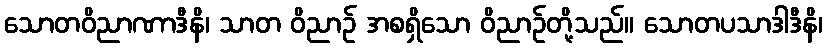
သောတဝိညာဏာဒီနိ၊ သာတ ဝိညာဉ် အစရှိသော ဝိညာဉ်တို့သည်။ သောတပသာဒါဒီနိ၊